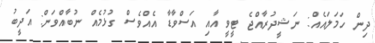
ދިން ހަމަލައެއް: ނަޝީދުރާއްޖެ ޓީވީ އާއި އަސްވާޑާ އެއްވެސް ގުޅުމެއް ނުބާއްވަން: އަދީބު